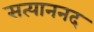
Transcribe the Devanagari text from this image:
सत्याननद